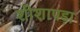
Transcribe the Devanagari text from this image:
शीशापड़ा